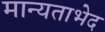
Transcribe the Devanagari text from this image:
मान्यताभेद